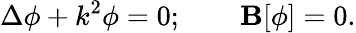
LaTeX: \Delta\phi+k^{2}\phi=0;\qquad\mathbf{B}[\phi]=0.